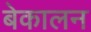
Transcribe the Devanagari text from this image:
बेकालन